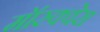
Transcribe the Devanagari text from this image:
मॉस्क्वेरा